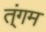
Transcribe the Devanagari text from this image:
त्ंगम